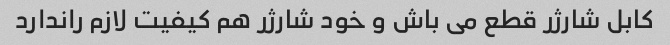
کابل شارژر قطع می باش و خود شارژر هم کیفیت لازم راندارد